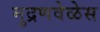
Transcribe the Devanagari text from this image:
मुद्रणवेळेस